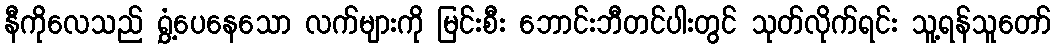
နီကိုလေသည် ရွှံ့ပေနေသော လက်များကို မြင်းစီး ဘောင်းဘီတင်ပါးတွင် သုတ်လိုက်ရင်း သူ့ရန်သူတော်